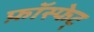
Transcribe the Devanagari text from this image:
फ़ॉस्फेट्